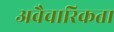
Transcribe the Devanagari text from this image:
अवैचारिकता